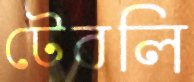
টেবলি